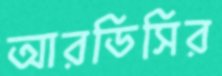
আরডিসির